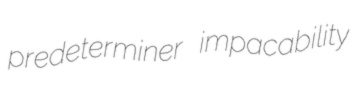
predeterminer impacability